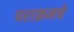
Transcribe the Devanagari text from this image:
पराक्रमचे